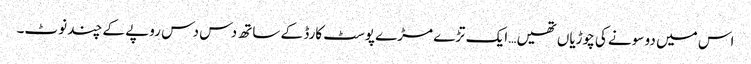
اس میں دو سونے کی چوڑیاں تھیں… ایک تڑے مڑے پوسٹ کارڈ کے ساتھ دس دس روپے کے چند نوٹ۔